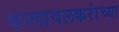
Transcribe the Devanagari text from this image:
वालावलकरांच्या